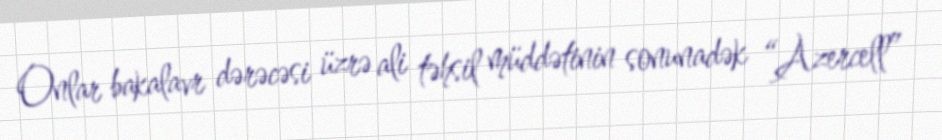
Onlar bakalavr dərəcəsi üzrə ali təhsil müddətinin sonunadək “Azercell”